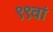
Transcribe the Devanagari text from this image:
९९वां